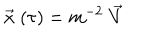
\stackrel { \rightarrow } { x } ( \tau ) = m ^ { - 2 } \stackrel { \rightarrow } { V }